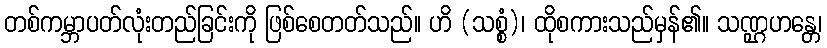
တစ်ကမ္ဘာပတ်လုံးတည်ခြင်းကို ဖြစ်စေတတ်သည်။ ဟိ (သစ္စံ)၊ ထိုစကားသည်မှန်၏။ သဏ္ဌဟန္တေ၊